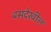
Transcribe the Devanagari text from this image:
बसदेखील